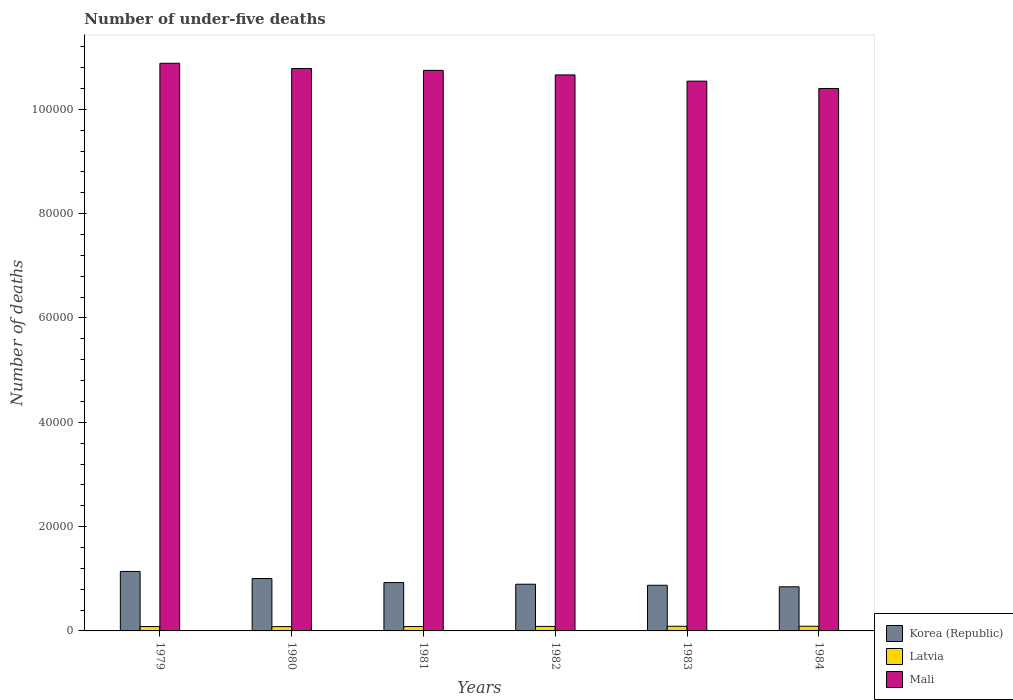
| Years | Korea (Republic) | Latvia | Mali |
 | --- | --- | --- | --- |
 | 1979 | 1.14e+04 | 839 | 1.09e+05 |
 | 1980 | 1e+04 | 828 | 1.08e+05 |
 | 1981 | 9.27e+03 | 836 | 1.07e+05 |
 | 1982 | 8.95e+03 | 863 | 1.07e+05 |
 | 1983 | 8.75e+03 | 893 | 1.05e+05 |
 | 1984 | 8.46e+03 | 900 | 1.04e+05 |